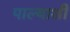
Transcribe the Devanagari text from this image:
पाल्याशी